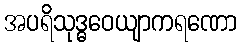
အပရိသုဒ္ဓဝေယျာကရဏော